Vaccination North-Western Provinces and Oudh 1896-1901 - 1896-1901
Year: 1896
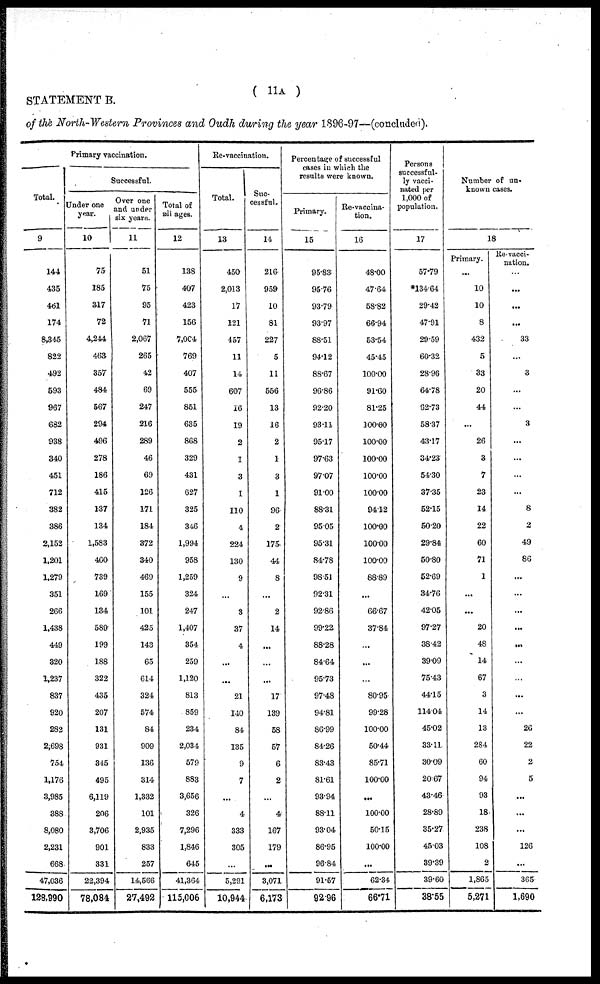
( 11A )
STATEMENT B.
of the North-Western Provinces and Oudh during the year 1896-97—(concluded).
Primary vaccination.
Total.
9
144
435
461
174
8,345
822
492
593
967
682
938
340
451
712
382
386
2,152
1,201
1,279
351
266
1,438
449
320
1,237
837
920
282
2,698
754
1,176
3,985
388
8,080
2,231
668
47,036
128,990
Successful.
Under one
year.
10
75
185
317
72
4,244
463
357
484
567
294
496
278
186
415
137
134
1,583
460
739
169
134
589
199
188
322
435
207
131
931
345
495
6,119
206
3,706
901
331
22,394
78,084
Over one
and under
six years.
11
51
75
95
71
2,067
265
42
69
247
216
289
46
69
126
171
184
372
340
469
155
101
425
143
65
614
324
574
84
909
136
314
1,332
101
2,935
833
257
14,566
27,492
Total of
all ages.
12
138
407
423
156
7,004
769
407
555
851
635
868
329
431
627
325
346
1,994
958
1,259
324
247
1,407
354
259
1,120
813
859
234
2,034
579
883
3,656
326
7,296
1,846
645
41,364
115,006
Re-vaccination.
Total.
13
450
2,013
17
121
457
11
14
607
16
19
2
1
3
1
110
4
224
130
9
...
3
37
4
...
...
21
140
84
135
9
7
...
4
333
305
...
5,291
10,944
Suc-
cessful.
14
216
959
10
81
227
5
11
556
13
16
2
1
3
1
96
2
175
44
8
...
2
14
...
...
...
17
139
58
57
6
2
...
4
167
179
...
3,071
6,173
Percentage of successful
cases in which the
results were known.
Primary.
15
95.85
95.76
93.79
93.97
88.51
94.12
88.67
96.86
92.20
93.11
95.17
97.63
97.07
91.00
88.31
95.05
95.31
84.78
98.51
92.31
92.86
99.22
88.28
84.64
95.73
97.48
94.81
86.99
84.26
83.43
81.61
93.94
88.11
93.04
86.95
96.84
91.57
92.96
Re-vaccina-
tion.
16
48.00
47.64
58.82
66.94
53.54
45.45
100.00
91.60
81.25
100.00
100.00
100.00
100.00
100.00
94.12
100.00
100.00
100.00
88.89
...
66.67
37.84
...
...
...
80.95
99.28
100.00
50.44
85.71
100.00
...
100.00
50.15
100.00
...
62.34
66.71
Persons
successful-
ly vacci-
nated per
1,000 of
population.
17
57.79
*134.64
29.42
47.91
29.59
60.32
28.96
64.78
62.73
58.37
43.17
34.23
54.30
37.35
52.15
50.20
29.84
50.80
52.69
34.76
42.05
97.27
38.42
39.09
75.43
44.15
114.04
45.02
33.11
30.09
20.67
43.46
28.89
35.27
45.03
39.39
39.60
38.55
Number of un-
known cases.
18
Primary.
...
10
10
8
432
5
33
20
44
...
26
3
7
23
14
22
60
71
1
...
...
20
48
14
67
3
14
13
284
60
94
93
18
238
108
2
1,865
5,271
Re-vacci-
nation.
...
...
...
...
33
...
3
...
...
3
...
...
...
...
8
2
49
86
...
...
...
...
...
...
...
...
...
26
22
2
5
...
...
...
126
...
365
1,690